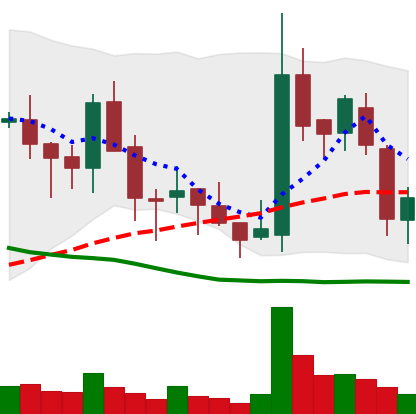
Ticker: BNB-USD
Chart end date: 2018-05-24
Forward return: -3.297%
Label: down_3_5